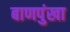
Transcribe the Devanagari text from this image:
बाणपुंखा